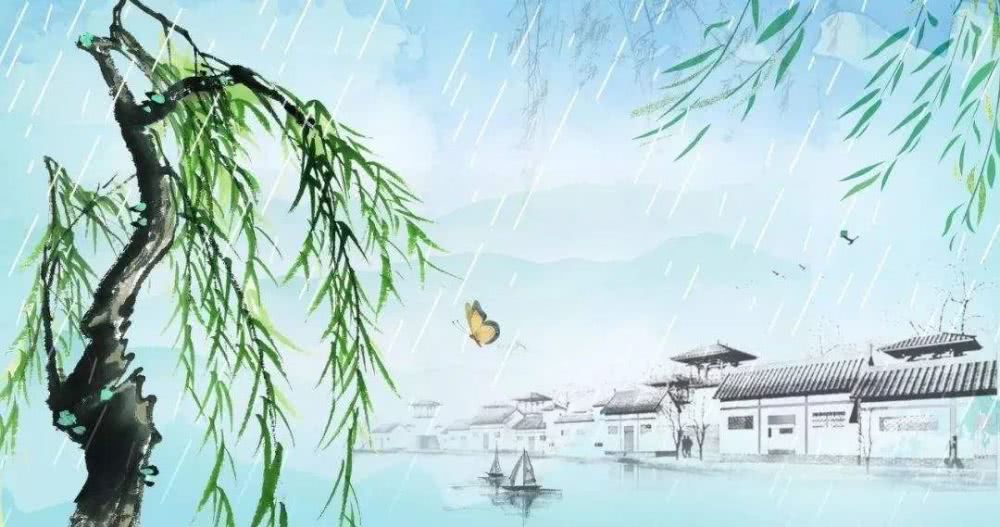
水隔淡烟修竹寺，路经疏雨落花村。